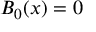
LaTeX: B _ { 0 } ( x ) = 0